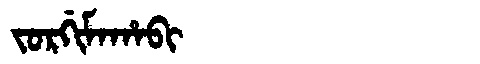
Manchu: ᠵᠣᡵᡤᡳᠮᠠᡥᠠᠪᡳ
Romanization: JORGIMAHABI